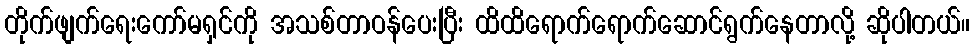
တိုက်ဖျက်ရေးကော်မရှင်ကို အသစ်တာဝန်ပေးပြီး ထိထိရောက်ရောက်ဆောင်ရွက်နေတာလို့ ဆိုပါတယ်။